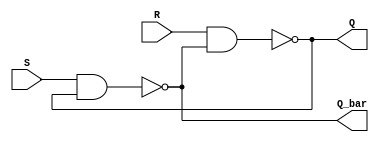
// Implementing SR latch with NAND gates in verilog

module SR_Latch(Q, Q_bar, S, R);
  
  input S, R;
  output Q, Q_bar;
  
  assign Q = ~(R & Q_bar);
  assign Q_bar = ~(S & Q);
  
endmodule